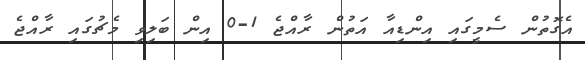
އެގޮތުން ސެމީގައި އިންޑިއާ އަތުން ރާއްޖެ 1-0 އިން ބަލިވި މެޗުގައި ރާއްޖެ